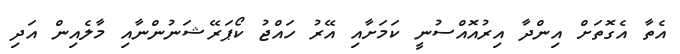
އެތާ އެގޮތަށް އިންދާ އިރުއޮއްސުނީ ކަމަށާއި އޭރު ހައްޖު ކޯޕަރޭޝަނުންނާއި މާލެއިން އަދި